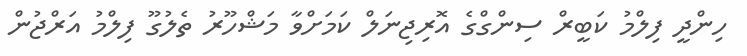
ހިންދީ ފިލްމު ކަބީރް ސިންގްގެ އޮރިޖިނަލް ކަމަށްވާ މަޝްހޫރު ތެލުގޫ ފިލްމު އަރްޖުން